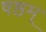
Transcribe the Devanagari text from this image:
षष्ठम्‌